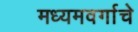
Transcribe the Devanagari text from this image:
मध्यमवर्गाचे